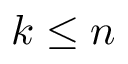
k \leq n